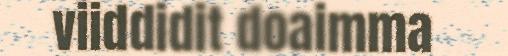
viiddidit doaimma